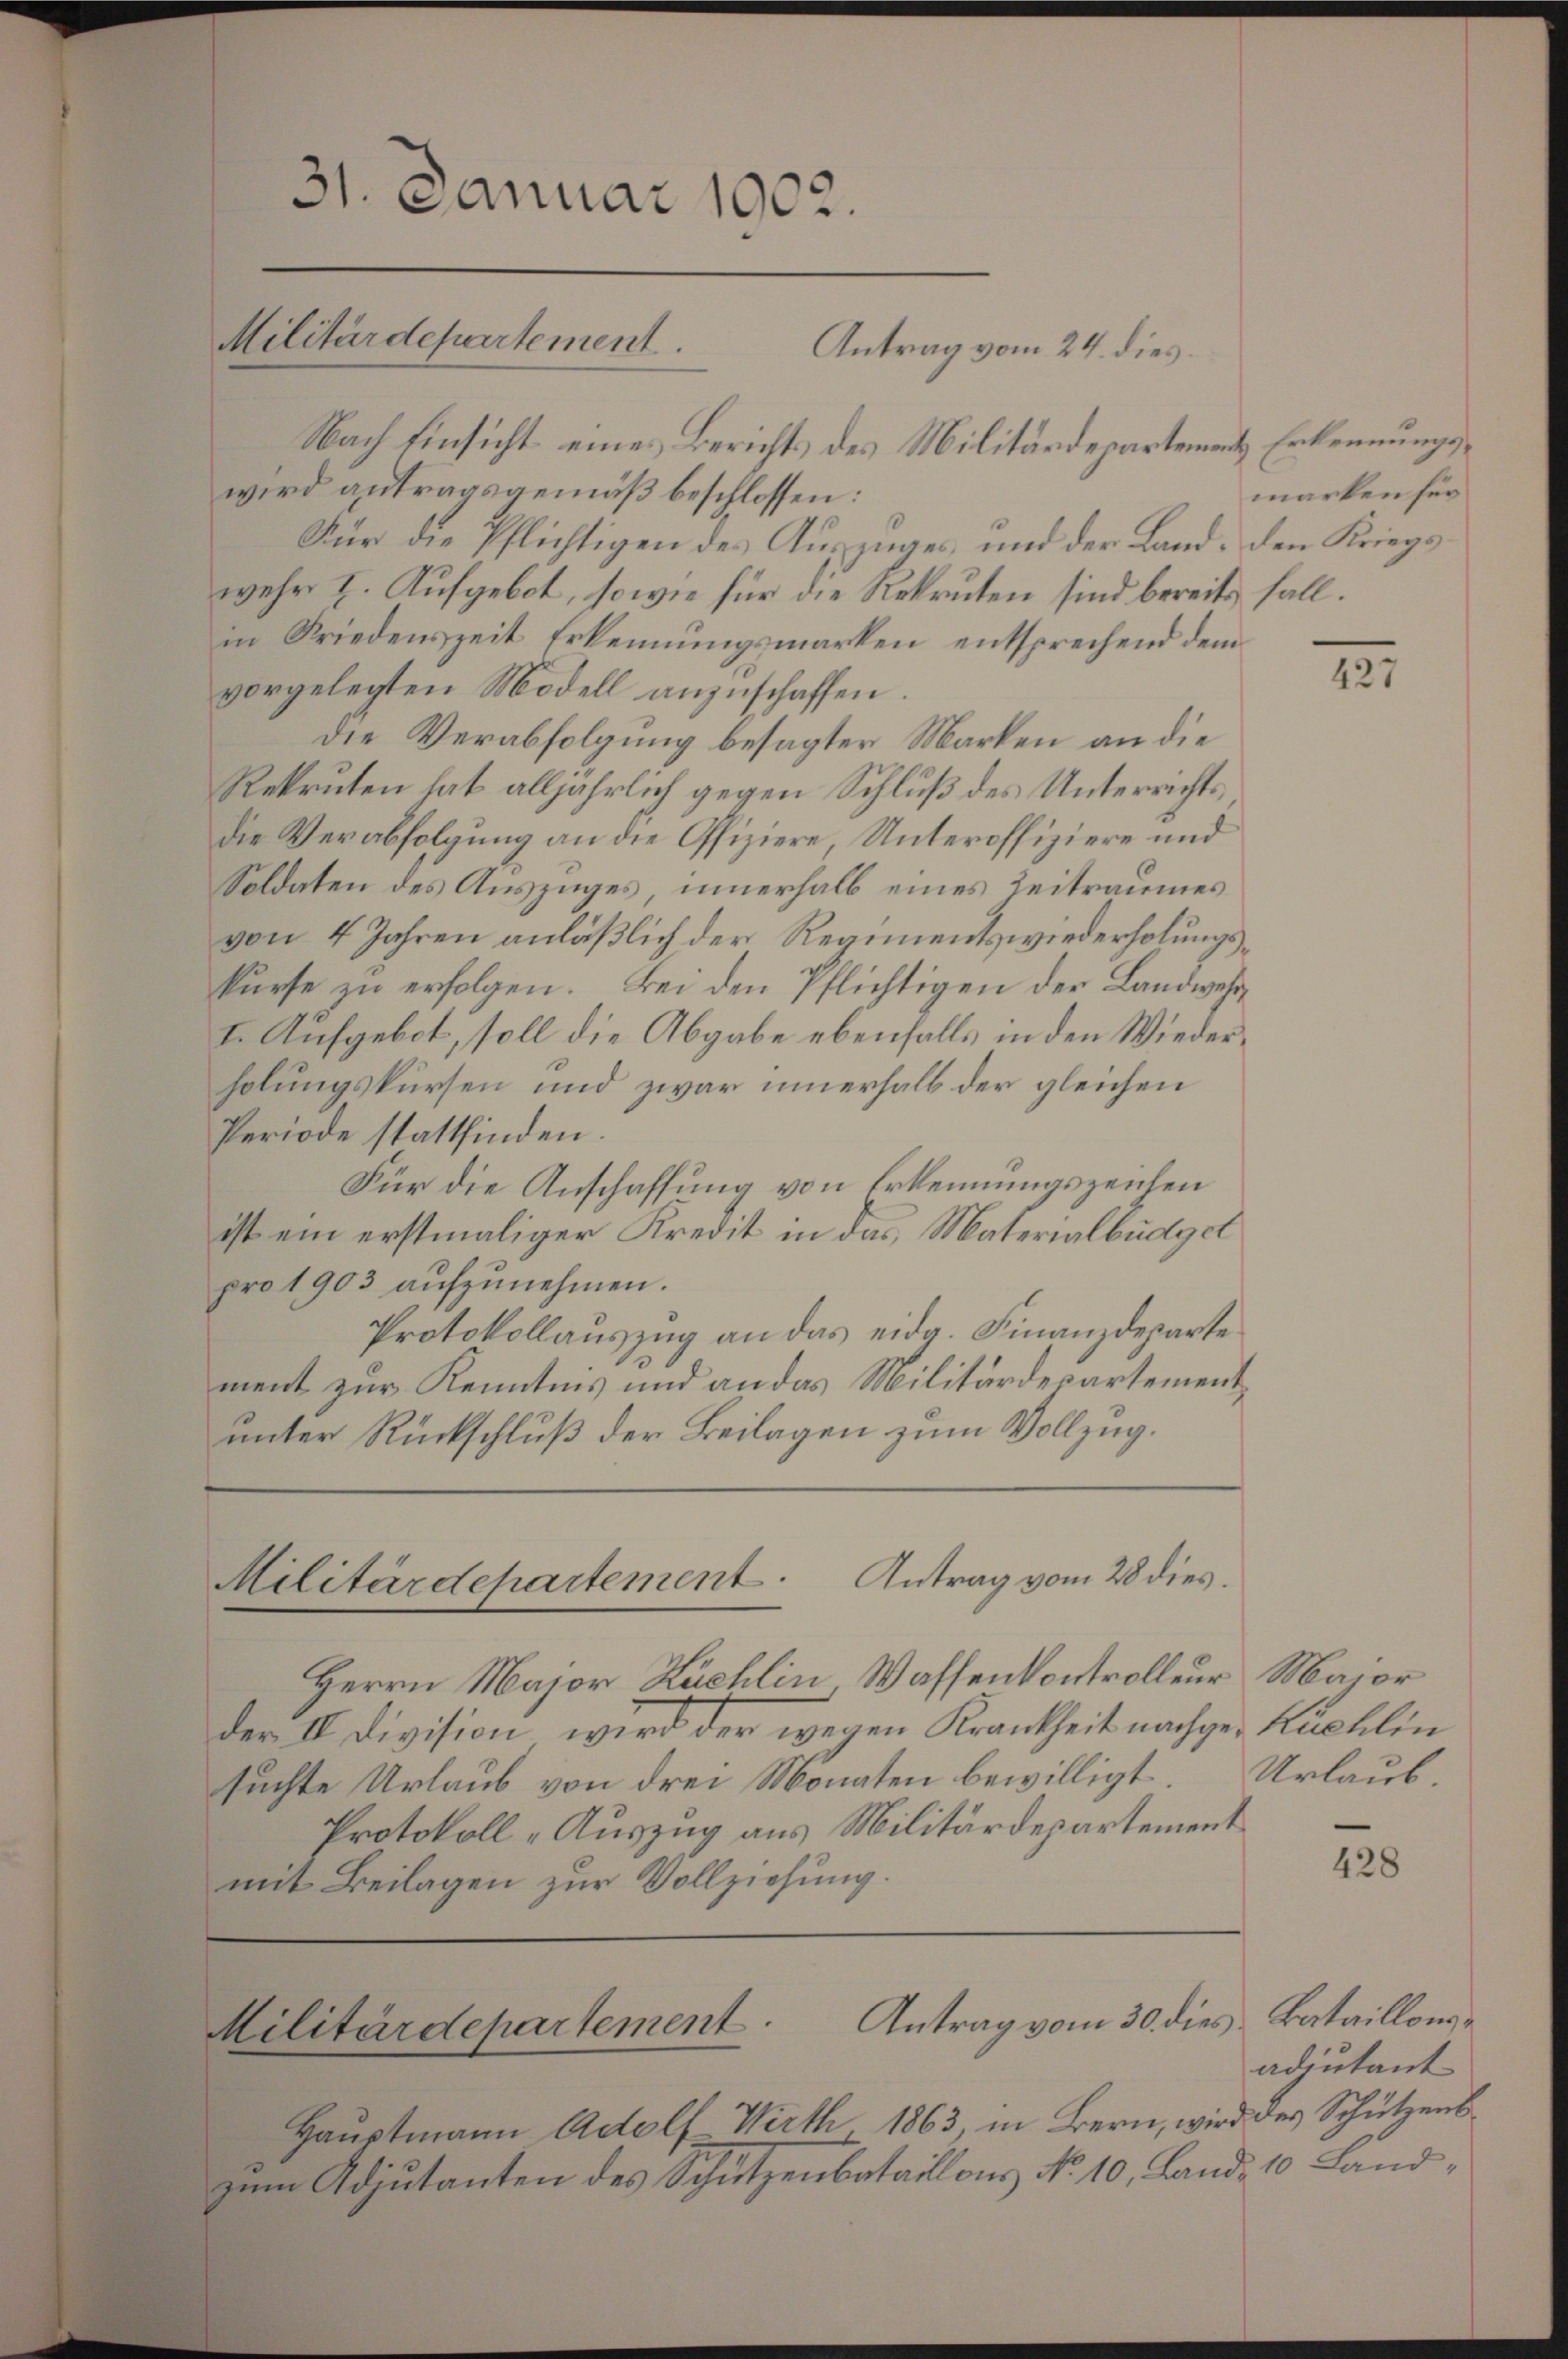
31. Januar 1902.
Militärdepartement.
Antrag vom 24. dies

Nach Einsicht eines Berichts des Militärdepartement Erkennungswird antragsgemäß beschlossen:
Nur die Pflichtigen des Auszuges, und der Land den Kriegswehr I. Aufgebot, sowie für die Rekruten sind bereits fall.
in Friedenszeit Erkennungsmarken, entsprechend dem
vorgelegten Modell anzuschaffen.
die Verabfolgung besagter Marken an die
Rekruten hat alljährlich gegen Schluß des Unterrichtsdie Verabfolgung an die Offiziere Unteroffiziere und
Soldaten des Auszuges, innerhalb eines Zeitraumes
von 4 Jahren anläßlich der Regimentswiederholungskurse zu erfolgen. Bei den Pflichtigen der Landwehr¬
I. Aufgebot, soll die Abgabe ebenfalls in den Wiederholungskursen und zwar innerhalb der gleichen
Periode stattfinden.
Für die Anschaffung von Erkennungszeichen
ist ein erstmaliger Kredit in das Materialbüdget
pro 1903 aŭfzŭnehmen.
Protokollauszug an das eidg. Finanzdeparte
ment zur Kenntnis und an das Militärdepartementunter Rückschluß der Beilagen zum Vollzug.

Militärdepartement. Antrag vom 28 dies.

Herrn Major Kuchlin Wassenkontrolleur Major
der II Division, wird der wegen Krankheit nachge- Kuchlin
suchte Urlaub von drei Monaten bewilligt. Urlaub¬
Protokoll „Auszug aus Militärdepartement
mit Beilagen zur Vollziehung.

Antrag vom 30. dies Bataillons-
Militärdepartement.

marken für

Hauptmann Adolf Wirth. 1863, in Bern, wird des Schützenszum Adjutanten des Schützenbatail aus No 10. Land 10 Land¬

1

428

adjutant